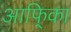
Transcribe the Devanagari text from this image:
आफि्का